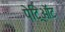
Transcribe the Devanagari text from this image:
पेट्रिऑट